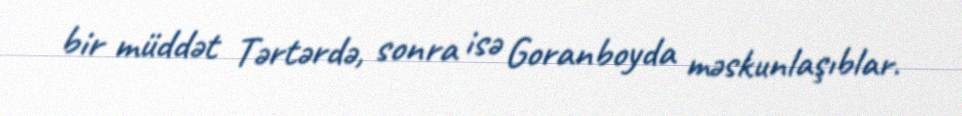
bir müddət Tərtərdə, sonra isə Goranboyda məskunlaşıblar.